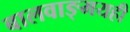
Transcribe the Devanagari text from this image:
बालवाङ्‌मयही